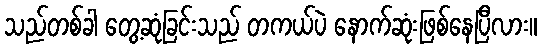
သည်တစ်ခါ တွေ့ဆုံခြင်းသည် တကယ်ပဲ နောက်ဆုံးဖြစ်နေပြီလား။